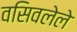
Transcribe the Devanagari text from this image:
वसिवलेले